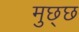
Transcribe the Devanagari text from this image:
मुछ्छ